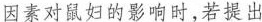
物因素对鼠妇的影响时，若提出